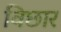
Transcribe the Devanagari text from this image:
विछार